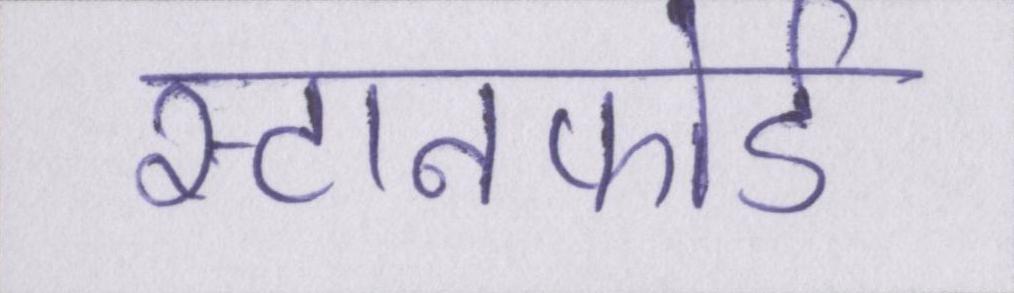
स्टानफोर्ड